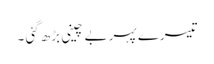
تیسرے پہر بے چینی بڑھ گئی ۔